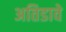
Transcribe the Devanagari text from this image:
अतिडावे